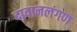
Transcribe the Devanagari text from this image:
दावानलंगण